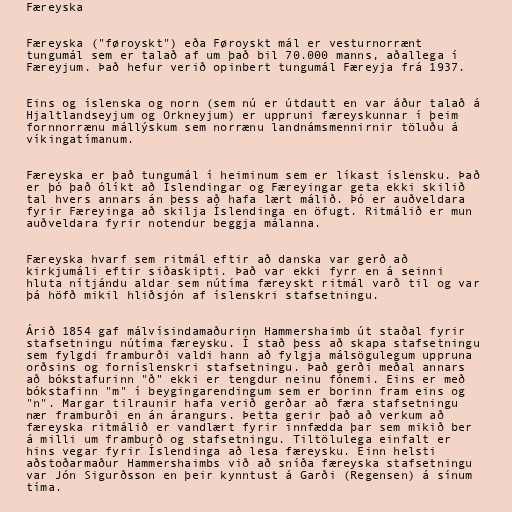
Færeyska

Færeyska ("føroyskt") eða Føroyskt mál er vesturnorrænt
tungumál sem er talað af um það bil 70.000 manns, aðallega í
Færeyjum. Það hefur verið opinbert tungumál Færeyja frá 1937.

Eins og íslenska og norn (sem nú er útdautt en var áður talað á
Hjaltlandseyjum og Orkneyjum) er uppruni færeyskunnar í þeim
fornnorrænu mállýskum sem norrænu landnámsmennirnir töluðu á
víkingatímanum.

Færeyska er það tungumál í heiminum sem er líkast íslensku. Það
er þó það ólíkt að Íslendingar og Færeyingar geta ekki skilið
tal hvers annars án þess að hafa lært málið. Þó er auðveldara
fyrir Færeyinga að skilja Íslendinga en öfugt. Ritmálið er mun
auðveldara fyrir notendur beggja málanna.

Færeyska hvarf sem ritmál eftir að danska var gerð að
kirkjumáli eftir siðaskipti. Það var ekki fyrr en á seinni
hluta nítjándu aldar sem nútíma færeyskt ritmál varð til og var
þá höfð mikil hliðsjón af íslenskri stafsetningu.

Árið 1854 gaf málvísindamaðurinn Hammershaimb út staðal fyrir
stafsetningu nútíma færeysku. Í stað þess að skapa stafsetningu
sem fylgdi framburði valdi hann að fylgja málsögulegum uppruna
orðsins og forníslenskri stafsetningu. Það gerði meðal annars
að bókstafurinn "ð" ekki er tengdur neinu fónemi. Eins er með
bókstafinn "m" í beygingarendingum sem er borinn fram eins og
"n". Margar tilraunir hafa verið gerðar að færa stafsetningu
nær framburði en án árangurs. Þetta gerir það að verkum að
færeyska ritmálið er vandlært fyrir innfædda þar sem mikið ber
á milli um framburð og stafsetningu. Tiltölulega einfalt er
hins vegar fyrir Íslendinga að lesa færeysku. Einn helsti
aðstoðarmaður Hammershaimbs við að sníða færeyska stafsetningu
var Jón Sigurðsson en þeir kynntust á Garði (Regensen) á sínum
tíma.